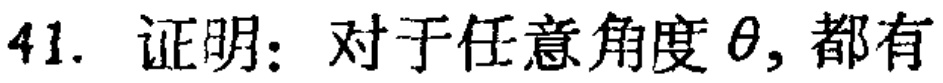
41. 证明：对于任意角度\(\theta\)，都有